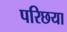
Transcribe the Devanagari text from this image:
परिछया